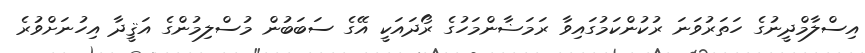
އިސްލާމްދީނުގެ ހަތަރުވަނަ ރުކުންކަމުގައިވާ ރަމަޟާންމަހުގެ ރޯދައަކީ އޭގެ ސަބަބުން މުސްލިމުންގެ އަޤީދާ އިހުނަށްވުރެ